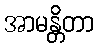
အာမန္တိတာ